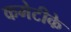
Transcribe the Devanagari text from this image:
कमेटीके